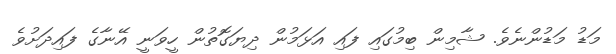
މަޑު މަޑުންނެވެ. ޝާމިން ބިމުގައި ފައި އަޅަމުން ދިޔަގޮތުން ހީވަނީ އޭނާގެ ފައިދަށުވެ